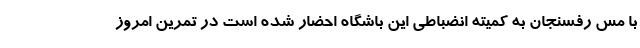
با مس رفسنجان به کمیته انضباطی این باشگاه احضار شده است در تمرین امروز